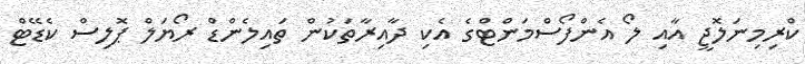
ކްރިމިނަލޮޖީ އާއި ލޯ އެންފޯސްމަންޓްގެ އެކި ދާއިރާތަކުން ތައިލެންޑް ރޯޔަލް ޕޮލިސް ކެޑޭޓް